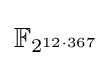
{\mathbb {F} }_{2^{12\cdot 367}}